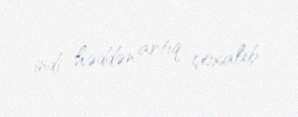
indi həddən artıq çoxalıb.